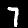
Label: 7